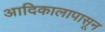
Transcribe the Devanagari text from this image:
आदिकालापासून